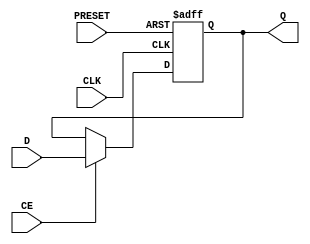
module myDFFNPE (output reg Q, input D, CLK, CE, PRESET);
	parameter [0:0] INIT = 1'b1;
	initial Q = INIT;
	always @(negedge CLK or posedge PRESET) begin
		if(PRESET)
			Q <= 1'b1;
		else if (CE)
			Q <= D;
	end
endmodule